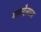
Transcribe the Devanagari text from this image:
महादैत्यास